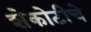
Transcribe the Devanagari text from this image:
शेकोटीचे